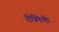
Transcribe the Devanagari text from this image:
रीमिनी